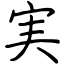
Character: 実